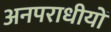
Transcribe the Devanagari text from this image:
अनपराधीयों